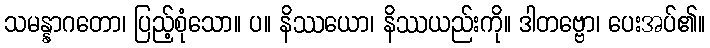
သမန္နာဂတော၊ ပြည့်စုံသော။ ပ။ နိဿယော၊ နိဿယည်းကို။ ဒါတဗ္ဗော၊ ပေးအပ်၏။